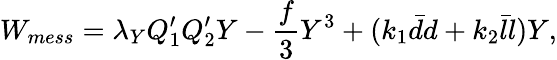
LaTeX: W_{mess}=\lambda_{Y}Q_{1}^{\prime}Q_{2}^{\prime}Y-\frac{f}{3}Y^{3}+(k_{1}\bar{d}d+k_{2}\bar{l}l)Y,